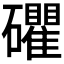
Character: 𥗫